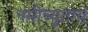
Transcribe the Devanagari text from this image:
नमोच्युताय